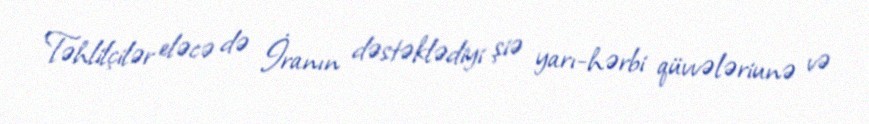
Təhlilçilər eləcə də İranın dəstəklədiyi şiə yarı-hərbi qüvvələriunə və